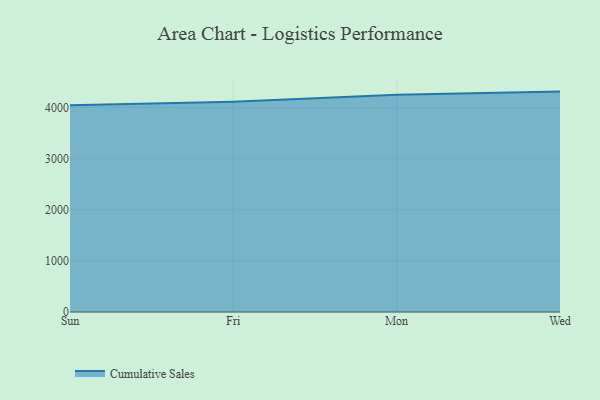
{"axis": {"x": "Day", "y": "Satisfaction Score"}, "legend": ["Cumulative Sales"], "data": [{"x": "Sun", "y": 4044.3, "type": "Cumulative Sales"}, {"x": "Fri", "y": 4112.8, "type": "Cumulative Sales"}, {"x": "Mon", "y": 4250.2, "type": "Cumulative Sales"}, {"x": "Wed", "y": 4311.2, "type": "Cumulative Sales"}]}